Report of an investigation in regard to the prevalence of stegomyia and other mosquitoes in Karachi, and the measures necessary for their control
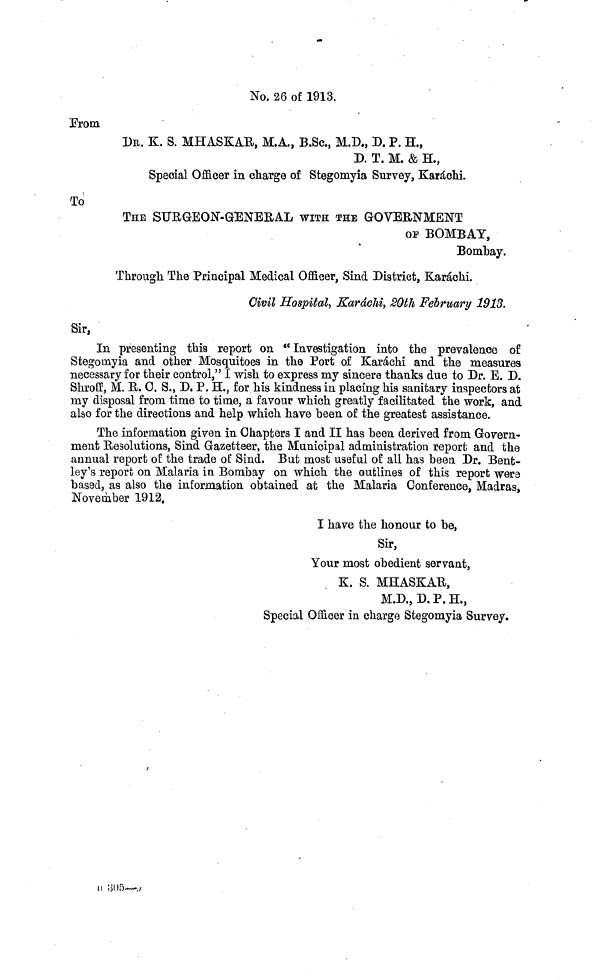
No, 26 of 1913.
From
DR. K. S. MHASKAR, M.A., B.Sc, M.D., D. P. H.,
D. T. M. & H.,
Special Officer in charge of Stegomyia Survey, Karachi.
To
THE SURGEON-GENERAL WITH THE GOVERNMENT
OF BOMBAY,
Bombay.
Through The Principal Medical Officer, Sind District, Karachi.
Civil Hospital, Karachi, 20th February 1913.
Sir,
In presenting this report on " Investigation into the prevalence of
Stegomyia and other Mosquitoes in the Port of Karachi and the measures
necessary for their control," I wish to express my sincere thanks due to Dr. E. D.
Shroff, M. R. C. S., D. P. H., for his kindness in placing his sanitary inspectors at
my disposal from time to time, a favour which greatly facilitated the work, and
also for the directions and help which have been of the greatest assistance.
The information given in Chapters I and II has been derived from Govern-
ment Resolutions, Sind Gazetteer, the Municipal administration report and the
annual report of the trade of Sind. But most useful of all has been. Dr. Bent-
ley's report on Malaria in Bombay on which the outlines of this report were
based, as also the information obtained at the Malaria Conference, Madras,
November 1912.
I have the honour to be,
Sir,
Your most obedient servant,
K. S. MHASKAR,
M.D., D. P. H.,
Special Officer in charge Stegomyia Survey.
305—